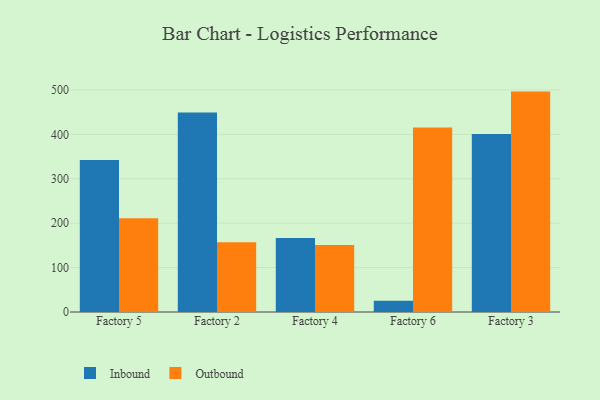
{"axis": {"x": "Factory", "y": "Backlog"}, "legend": ["Inbound", "Outbound"], "data": [{"x": "Factory 5", "y": 342.1, "type": "Inbound"}, {"x": "Factory 5", "y": 211.1, "type": "Outbound"}, {"x": "Factory 2", "y": 449.1, "type": "Inbound"}, {"x": "Factory 2", "y": 157.1, "type": "Outbound"}, {"x": "Factory 4", "y": 166.5, "type": "Inbound"}, {"x": "Factory 4", "y": 150.7, "type": "Outbound"}, {"x": "Factory 6", "y": 25.2, "type": "Inbound"}, {"x": "Factory 6", "y": 415.4, "type": "Outbound"}, {"x": "Factory 3", "y": 400.8, "type": "Inbound"}, {"x": "Factory 3", "y": 496.4, "type": "Outbound"}]}